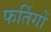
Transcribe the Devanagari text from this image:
फर्तिगों